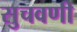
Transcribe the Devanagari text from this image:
सुचवणी